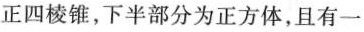
正四棱锥，下半部分为正方体，且有一